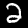
Digit: 2